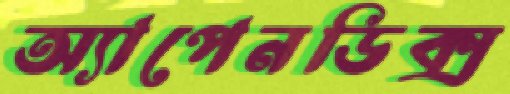
অ্যাপেনডিক্স